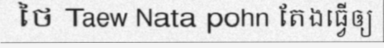
ថៃ Taew Nata pohn តែងធ្វើឲ្យ